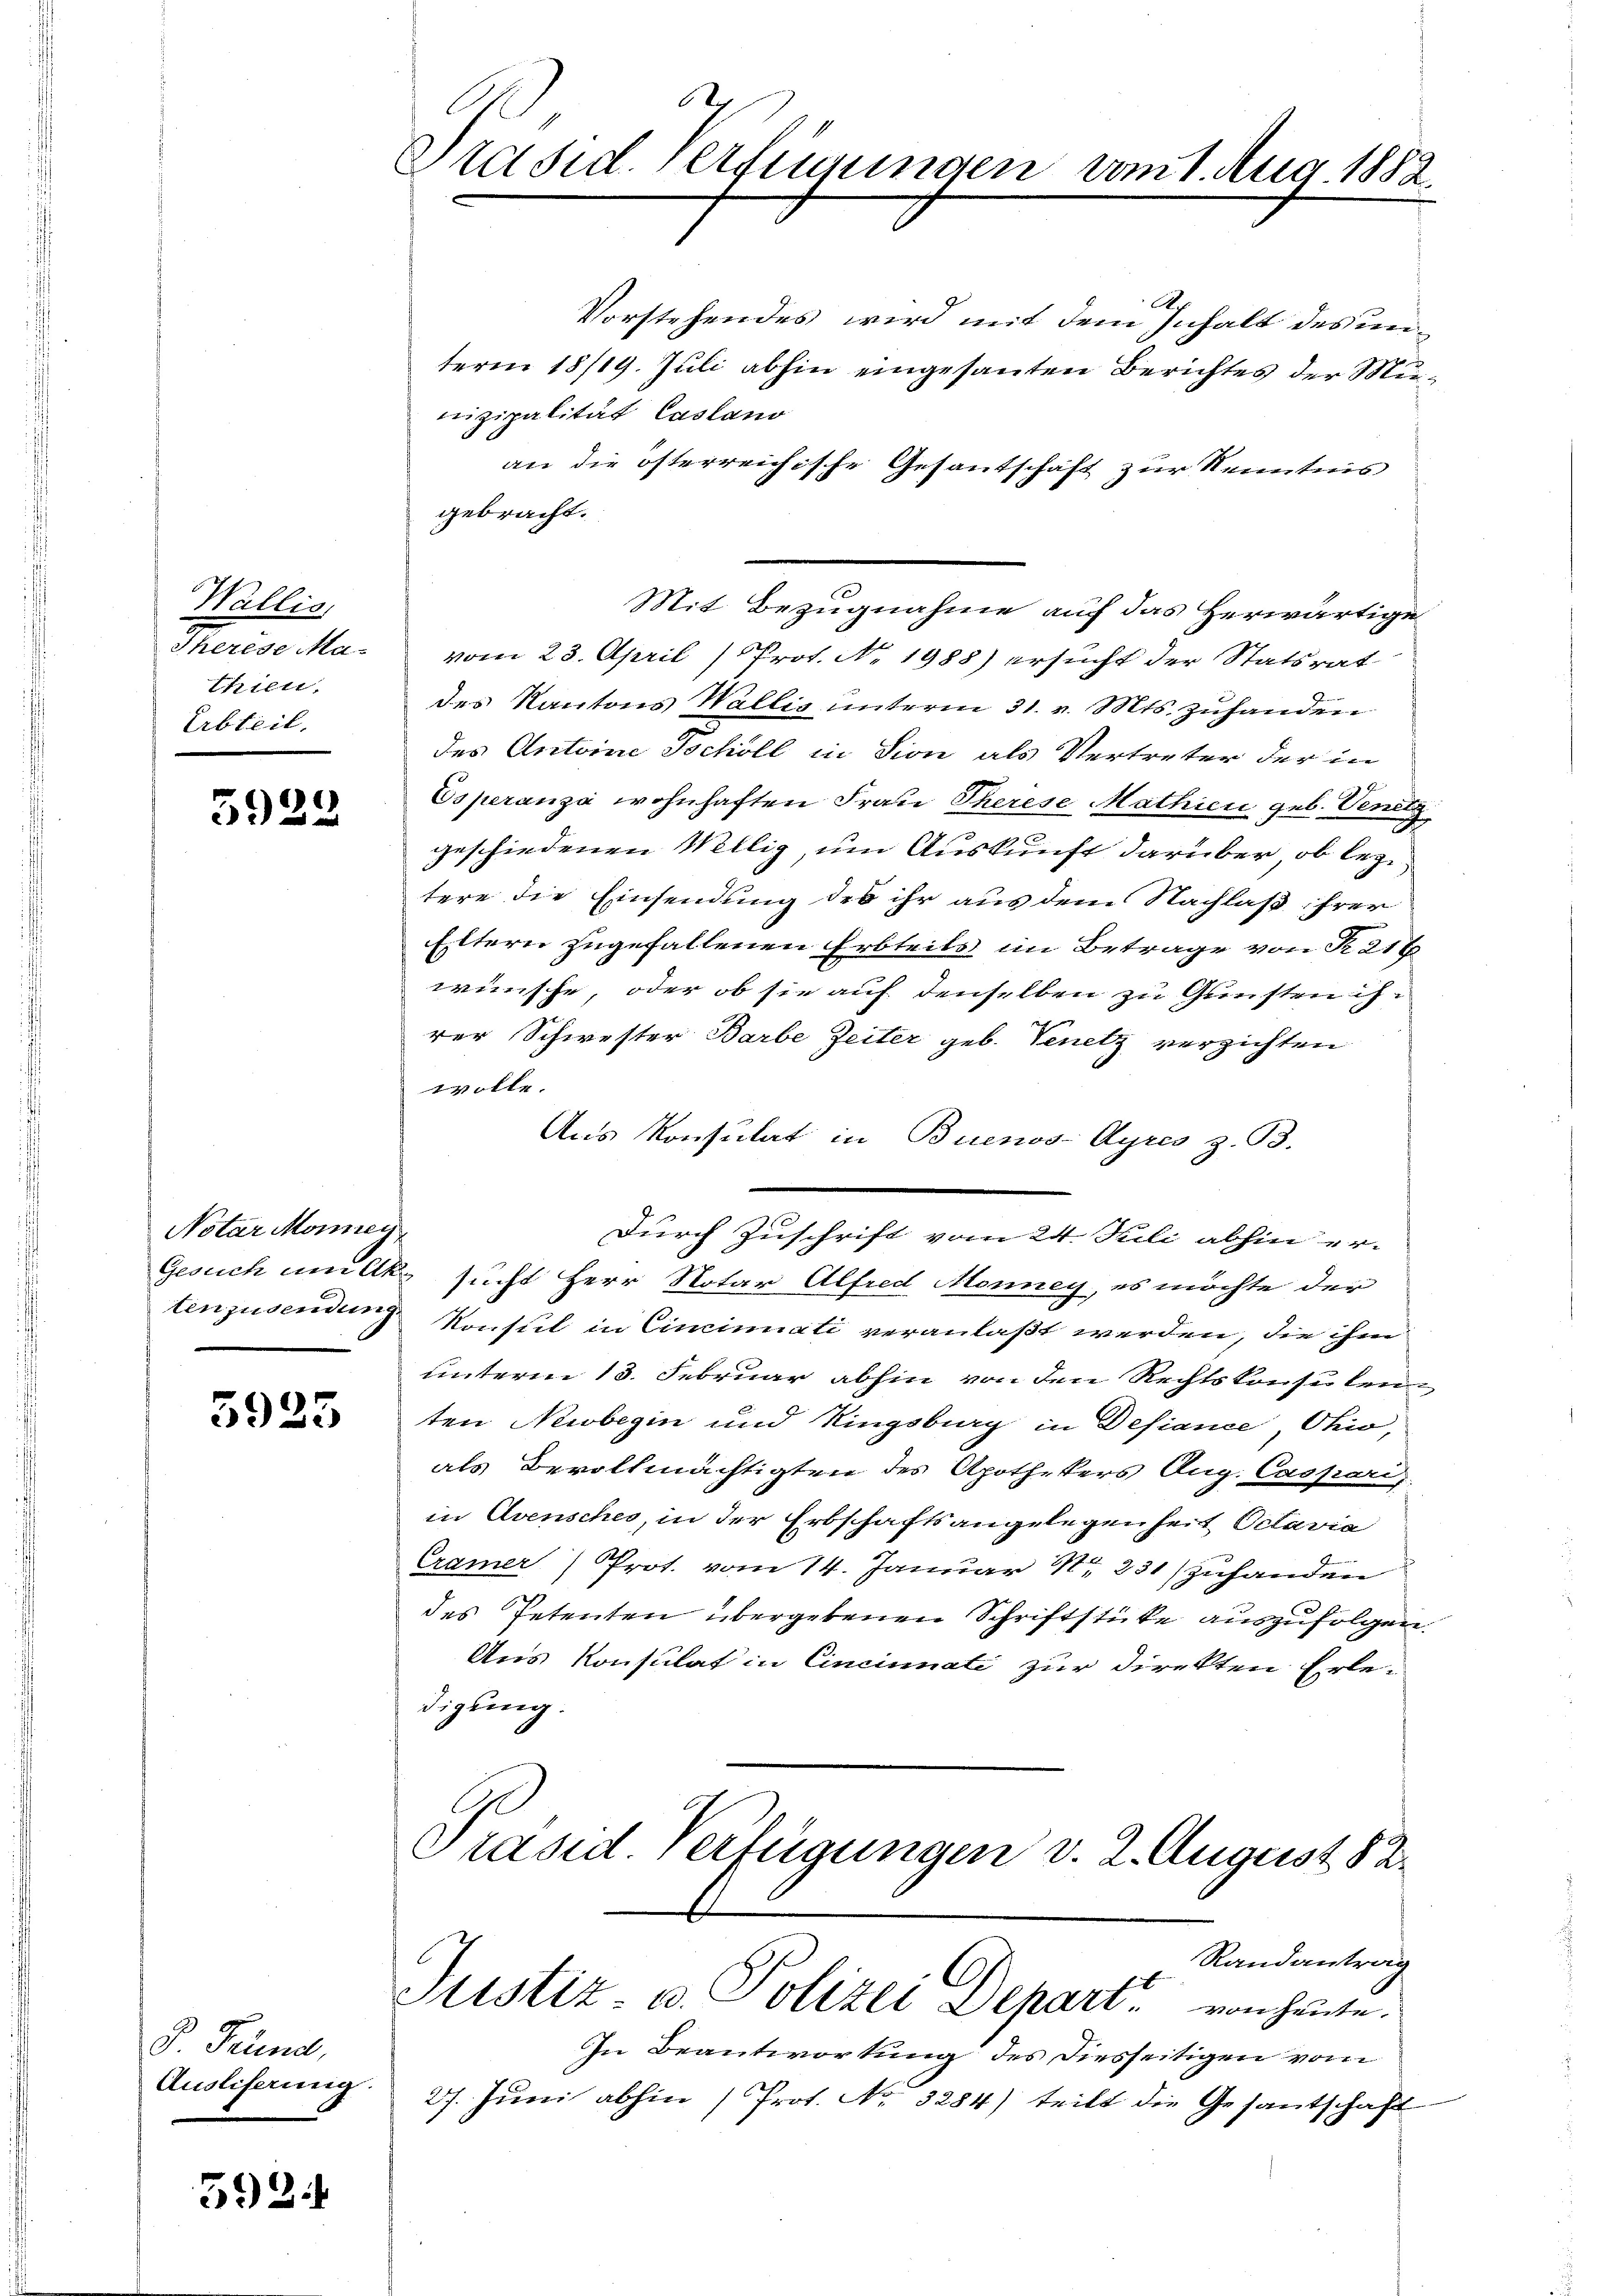
Wallis,
thien.
Erbteil.

5922

Notar Monney,

3923

P. Telend,
Auslieferung.

592

x
Präsid. Verfügungen

Vorstehendes wird mit dem Inhalt des unterm 18/19. Juli abhin eingesanten Berichtes der Munizipalität Cassano
an die österreichische Gesantschaft zur Kenntnis
gebracht.
Therese Ma- vom 23. April) Prot. No. 1988) ersucht der Statsrat
des Kantons Wallis unterm 31. v. Mts. zuhanden
des Antoine Tochöll in sion als Vertreter der in
Esperanza wohnhaften Frau Therese Mathici geb. Venetz
geschiedenen Millig, um Auskunft darüber, ob lezt
tere die Einsendung des ihr aus dem Nachlaß ihrer
Eltern zugefallenen Erbteils im Betrage von R. 216
wünsche, oder ob sie auf denselben zu Gunsten ihrer Schwester Barbe Zeiter geb. Venetz verzichten
7te
Aus Konsulat in Buenos-Ayres z. B.
Durch Zuschrift vom 24. Juli abhin er-
Gesuch im Alk. sucht Herr Notar Alfred Monney, es möchte der
tenzusendung Konsul in Cincinati veranlaßt werden, die ihm
unterm 13. Februar abhin von den Rechtskonsulen
ten Neubegin und Ringsburg in Defiance, Ohio,
als Bevollmächtigten des Apothekers Aug. Caspari,
in Avensches, in der Erbschaftsangelegenheit Octavia
Cramer) Prot. vom 14. Januar 1231) zuhanden
des Petenten übergebenen Schriftstücke auszufolgen.
Aus Konsulat in Cincinali zur Direkten Erledigung.
Präsid. Verfügungen v. 2. August § 2.

A

vom 1. Aug. 1882.

Mit Bezugnahme auf das Herwärtige

Randantrag
Justiz- u. Polizei Depart von heute.

In Beantwortung des diesseitigen vom
27. Jŭni abhin (Prot. No. 3284) teilt die Gesantschaft